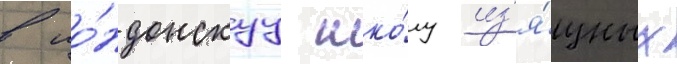
в ло́ндонскуу шко́лу из'я́щных